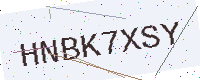
Text: HNBK7XSY